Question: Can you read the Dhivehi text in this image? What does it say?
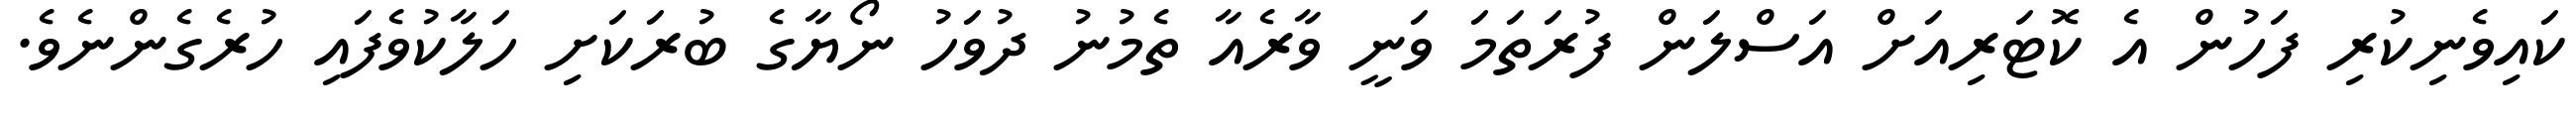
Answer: ކައިވެނިކުރި ފަހުން އެ ކޮޓަރިއަށް އަސްލަން ފުރަތަމަ ވަނީ ވާރެއާ ތެމުނު ދުވަހު ނޯޔާގެ ބުރަކަށި ހަލާކުވެފައި ހުރެގެންނެވެ.